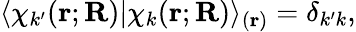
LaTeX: \langle\chi_{k^{\prime}}(\mathbf{r};\mathbf{R})|\chi_{k}(\mathbf{r};\mathbf{R})\rangle_{(\mathbf{r})}=\delta_{k^{\prime}k},